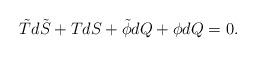
LaTeX: \begin{align*}\tilde Td\tilde S +TdS +\tilde \phi dQ +\phi dQ=0.\end{align*}